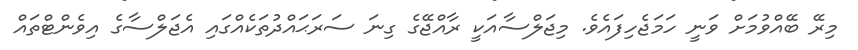
މިރޭ ބޭއްވުމަށް ވަނީ ހަމަޖެހިފައެވެ. މިޖަލްސާއަކީ ރާއްޖޭގެ ގިނަ ސަރަޙައްދުތަކެއްގައި އެޖަލްސާގެ އިވެންޓްތައް